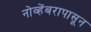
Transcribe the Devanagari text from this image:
नोव्हेंबरापासून